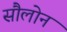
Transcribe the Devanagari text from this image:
सौलोन